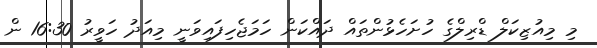
މި މިއުޒިކަލް ޑްރިލްގެ ހުށަހެޅުންތައް ދައްކަން ހަމަޖެހިފައިވަނީ މިއަދު ހަވީރު 16:30 ން